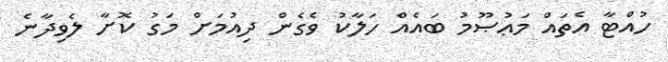
ހުއްޓާ އެތައް މަޢުޞޫމު ބައެއް ހަލާކު ވެގެންް ދިއުމަށް މަގު ކޮށާ ލެވިދާނެ